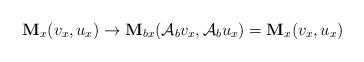
LaTeX: \begin{align*} \textbf{M}_{x}(v_{x},u_{x})\rightarrow \textbf{M}_{b x}(\mathcal{A}_{b}v_{x},\mathcal{A}_{b}u_{x})= \textbf{M}_{x}(v_{x},u_{x}) \end{align*}